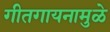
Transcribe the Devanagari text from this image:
गीतगायनामुळे